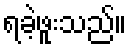
ရခဲ့ဖူးသည်။